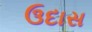
ઉદાસ